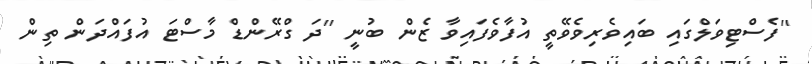
''ފެސްޓިވަލްގައި ބައިވެރިވެވޭތީ އުފާވެފައިވާ ޒެން ބުނީ ''ދަ ގްރޭންޑް މާސްޓަ އުފައްދަން ތިން